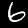
Digit: 6